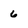
Character: 6